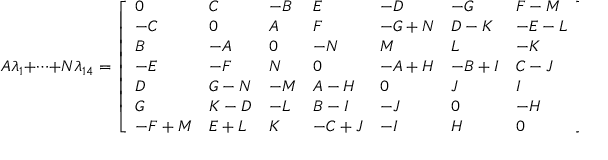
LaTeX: A \lambda _ { 1 } + \cdots + N \lambda _ { 1 4 } = { \left[ \begin{array} { l l l l l l l } { 0 } & { C } & { - B } & { E } & { - D } & { - G } & { F - M } \\ { - C } & { 0 } & { A } & { F } & { - G + N } & { D - K } & { - E - L } \\ { B } & { - A } & { 0 } & { - N } & { M } & { L } & { - K } \\ { - E } & { - F } & { N } & { 0 } & { - A + H } & { - B + I } & { C - J } \\ { D } & { G - N } & { - M } & { A - H } & { 0 } & { J } & { I } \\ { G } & { K - D } & { - L } & { B - I } & { - J } & { 0 } & { - H } \\ { - F + M } & { E + L } & { K } & { - C + J } & { - I } & { H } & { 0 } \end{array} \right] }